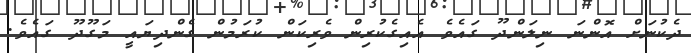
ދެކުނަށް އޮންނަ ނިލަންދޫ ގައެވެ އެއިގެކުރިން ވެރިކަން ކުރަމުން ގެންދިޔައީ މަގޫދޫ ގައެވެ.